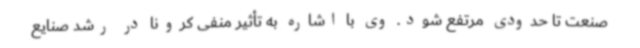
صنعت تا حدودی مرتفع شود. وی با اشاره به تأثیر منفی کرونا در رشد صنایع